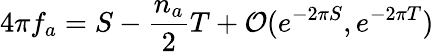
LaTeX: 4\pi f_{a}=S-\frac{n_{a}}{2}T+{\cal O}(e^{-2\pi S},e^{-2\pi T})